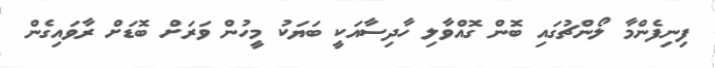
ފިނިފެންމާ ލޯންޗުގައި ބޮން ގޮއްވާލި ހާދިސާއަކީ ބަޔަކު މީހުން ވަރަށް ބޮޑަށް ރާވައިގެން